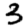
Digit: 3